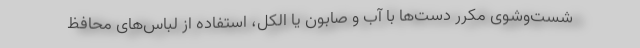
شست‌وشوی مکرر دست‌ها با آب و صابون یا الکل، استفاده از لباس‌های محافظ